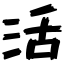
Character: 活